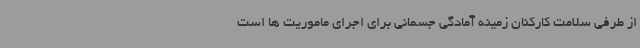
از طرفی سلامت کارکنان زمینه آمادگی جسمانی برای اجرای ماموریت ها است